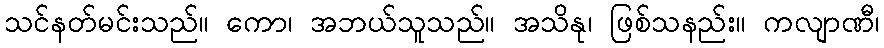
သင်နတ်မင်းသည်။ ကော၊ အဘယ်သူသည်။ အသိနု၊ ဖြစ်သနည်း။ ကလျာဏီ၊